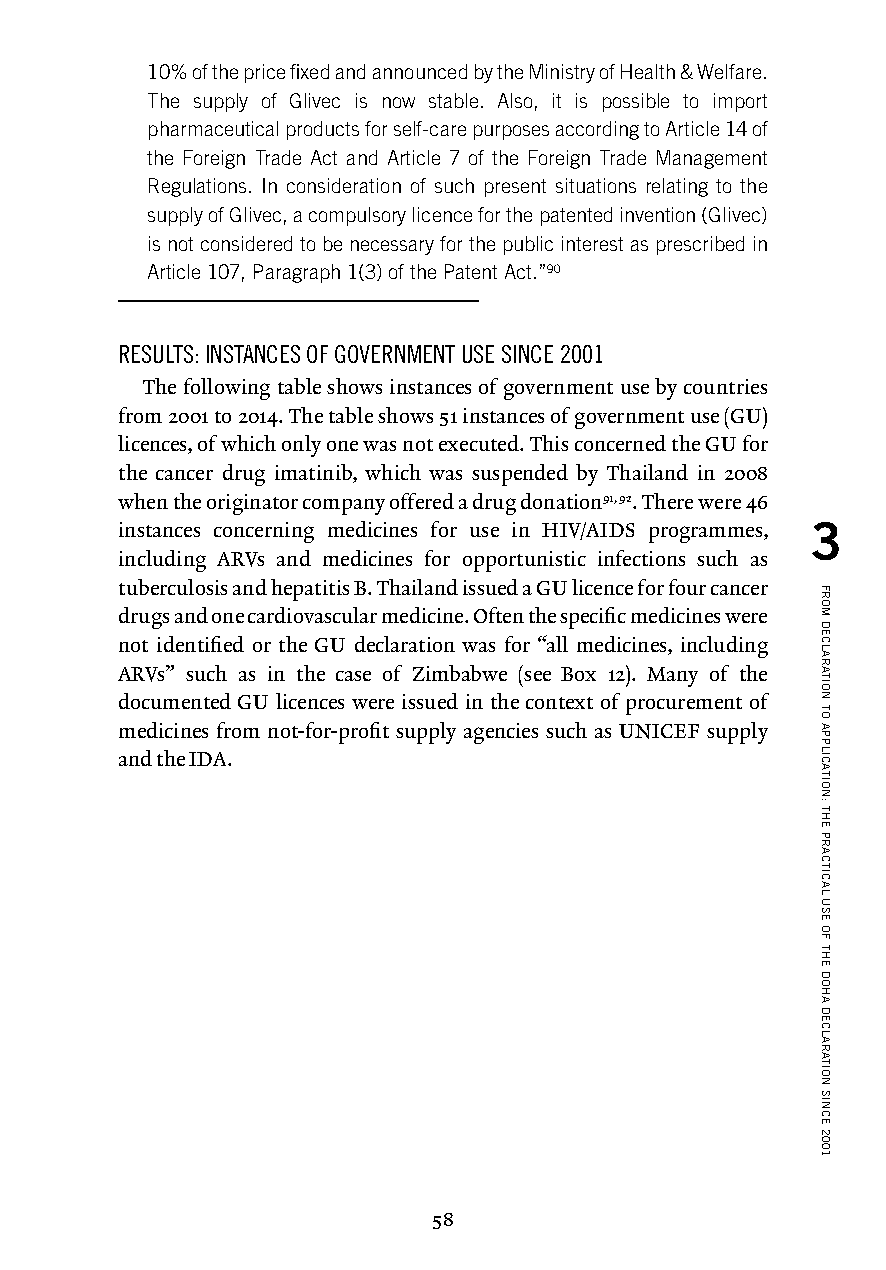
10% of the price fixed and announced by the Ministry of Health & Welfare.
 The supply of Glivec is now stable. Also, it is possible to import
 pharmaceutical products for self-care purposes according to Article 14 of
 the Foreign Trade Act and Article 7 of the Foreign Trade Management
 Regulations. In consideration of such present situations relating to the
 supply of Glivec, a compulsory licence for the patented invention (Glivec)
 is not considered to be necessary for the public interest as prescribed in
 Article 107, Paragraph 1(3) of the Patent Act.”90
 RESULTS: INSTANCES OF GOVERNMENT USE SINCE 2001
 The following table shows instances of government use by countries
 from 2001 to 2014. The table shows 51 instances of government use (GU)
 licences, of which only one was not executed. This concerned the GU for
 the cancer drug imatinib, which was suspended by Thailand in 2008
 when the originator company offered a drug donation91, 92. There were 46
 instances concerning medicines for use in HIV/AIDS programmes, 3
 including ARVs and medicines for opportunistic infections such as
 tuberculosis and hepatitis B. Thailand issued a GU licence for four cancer
 drugs and one cardiovascular medicine. Often the specific medicines were
 not identified or the GU declaration was for “all medicines, including
 ARVs” such as in the case of Zimbabwe (see Box 12). Many of the
 documented GU licences were issued in the context of procurement of
 medicines from not-for-profit supply agencies such as UNICEF supply
 and the IDA.
 58
 FROM
 DECLARATION
 TO
 APPLICATION:
 THE
 PRACTICAL
 USE
 OF
 THE
 DOHA
 DECLARATION
 SINCE
 2001